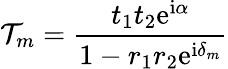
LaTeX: \mathcal{T}_{m}=\frac{t_{1}t_{2}\mathrm{e}^{\mathrm{i}\alpha}}{1-r_{1}r_{2}\mathrm{e}^{\mathrm{i}\delta_{m}}}